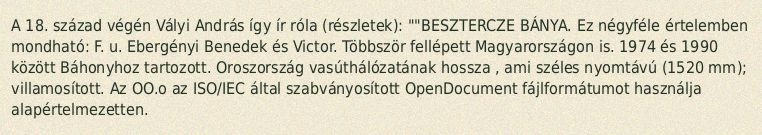
A 18. század végén Vályi András így ír róla (részletek): ""BESZTERCZE BÁNYA. Ez négyféle értelemben mondható: F. u. Ebergényi Benedek és Victor. Többször fellépett Magyarországon is. 1974 és 1990 között Báhonyhoz tartozott. Oroszország vasúthálózatának hossza , ami széles nyomtávú (1520 mm); villamosított. Az OO.o az ISO/IEC által szabványosított OpenDocument fájlformátumot használja alapértelmezetten.